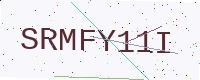
Text: SRMFY11I